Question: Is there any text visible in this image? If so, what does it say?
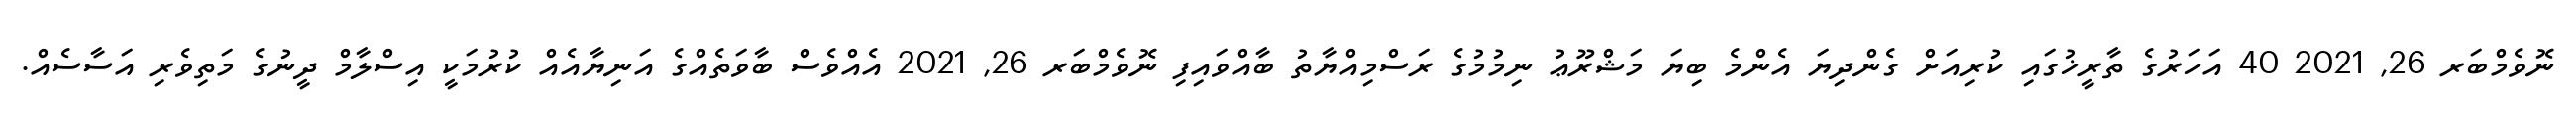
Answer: ނޮވެމްބަރ 26, 2021 40 އަހަރުގެ ތާރީޚުގައި ކުރިއަށް ގެންދިޔަ އެންމެ ބިޔަ މަޝްރޫޢު ނިމުމުގެ ރަސްމިއްޔާތު ބާއްވައިފި ނޮވެމްބަރ 26, 2021 އެއްވެސް ބާވަތެއްގެ އަނިޔާއެއް ކުރުމަކީ އިސްލާމް ދީނުގެ މަތިވެރި އަސާސެއް.